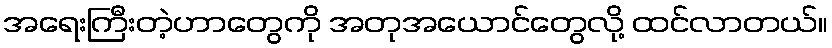
အရေးကြီးတဲ့ဟာတွေကို အတုအယောင်တွေလို့ ထင်လာတယ်။